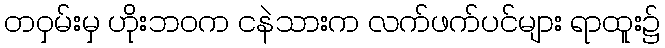
တဝှမ်းမှ ဟိုးဘဝက ငနဲသားက လက်ဖက်ပင်များ ရာထူး၌